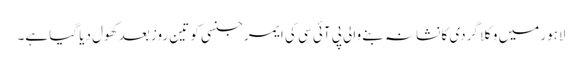
لاہور میں وکلا گردی کا نشانہ بنے والی پی آئی سی کی ایمرجنسی کو تین روز بعد کھول دیا گیا ہے۔